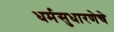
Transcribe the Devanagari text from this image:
धर्मसुधारणेचे